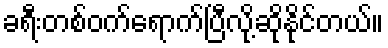
ခရီးတစ်ဝက်ရောက်ပြီလို့ဆိုနိုင်တယ်။